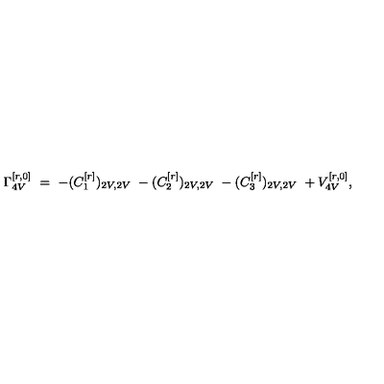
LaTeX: \Gamma _ { 4 V } ^ { [ r , 0 ] } \ = \ - ( C _ { 1 } ^ { [ r ] } ) _ { 2 V , 2 V } \ - ( C _ { 2 } ^ { [ r ] } ) _ { 2 V , 2 V } \ - ( C _ { 3 } ^ { [ r ] } ) _ { 2 V , 2 V } \ + V _ { 4 V } ^ { [ r , 0 ] } ,